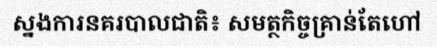
ស្នងការនគរបាលជាតិ៖ សមត្ថកិច្ចគ្រាន់តែហៅ